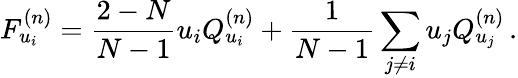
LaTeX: F_{u_{i}}^{(n)}=\frac{2-N}{N-1}u_{i}Q_{u_{i}}^{(n)}+\frac{1}{N-1}\sum_{j\neq i}u_{j}Q_{u_{j}}^{(n)}\, .